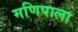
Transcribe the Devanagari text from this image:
मणिपाला